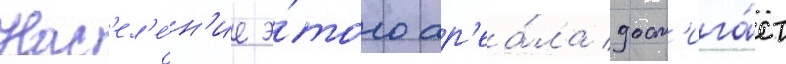
Нас'ел'е́н'ие э́того ар'еа́ла дост'ига́ет